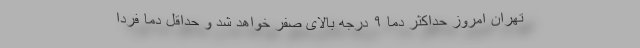
تهران امروز حداکثر دما ۹ درجه بالای صفر خواهد شد و حداقل دما فردا